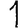
Digit: 1